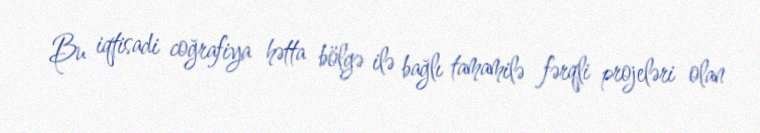
Bu iqtisadi coğrafiya hətta bölgə ilə bağlı tamamilə fərqli projeləri olan